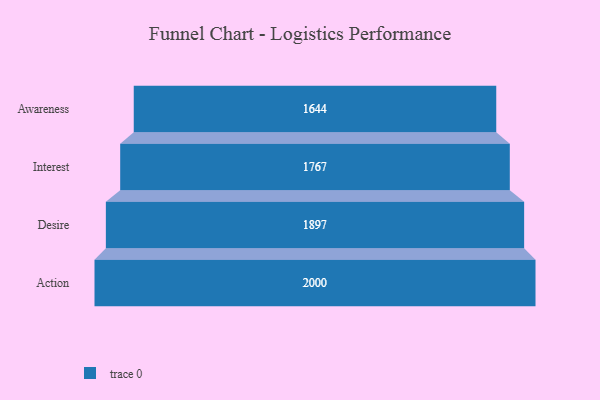
{"axis": {"x": "Stage", "y": "Value"}, "legend": [""], "data": [{"x": "Awareness", "y": 1644.0, "type": ""}, {"x": "Interest", "y": 1767.0, "type": ""}, {"x": "Desire", "y": 1897.0, "type": ""}, {"x": "Action", "y": 2000, "type": ""}]}